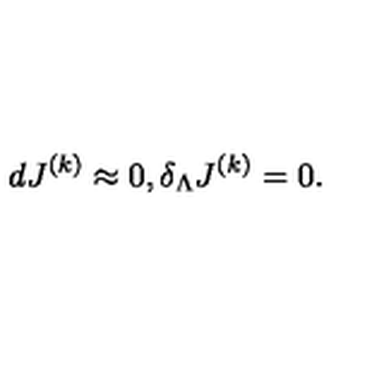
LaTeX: d J ^ { ( k ) } \approx 0 , \delta _ { \Lambda } J ^ { ( k ) } = 0 .